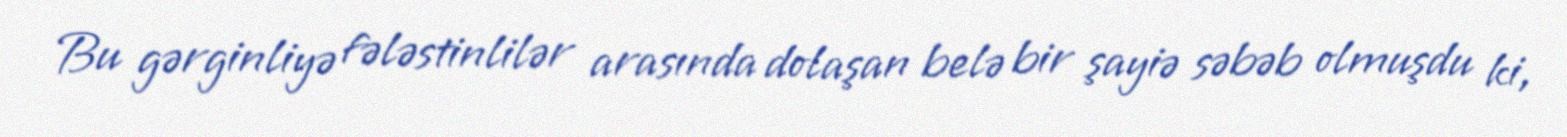
Bu gərginliyə fələstinlilər arasında dolaşan belə bir şayiə səbəb olmuşdu ki,